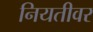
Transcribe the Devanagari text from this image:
नियतीवर